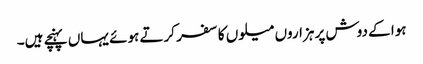
ہوا کے دوش پر ہزاروں میلوں کا سفر کرتے ہوئے یہاں پہنچے ہیں۔